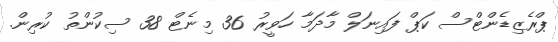
ޕްރެޒިޑެންޓްސް ކަޕް ފައިނަލް މާދަމާ ހަވީރު 36 މިނެޓް 38 ސިކުންތު ކުރިން.